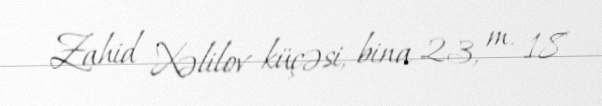
Zahid Xəlilov küçəsi, bina 23, m. 18